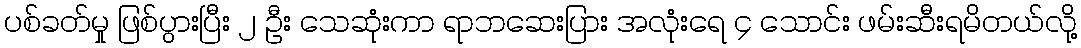
ပစ်ခတ်မှု ဖြစ်ပွားပြီး ၂ ဦး သေဆုံးကာ ရာဘဆေးပြား အလုံးရေ ၄ သောင်း ဖမ်းဆီးရမိတယ်လို့